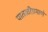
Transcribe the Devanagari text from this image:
पातळीप्रमाणे